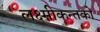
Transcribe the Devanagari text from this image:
लक्ष्मीकन्तको